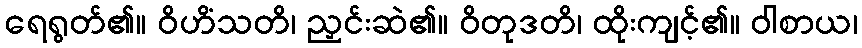
ရေရွတ်၏။ ဝိဟိံသတိ၊ ညှင်းဆဲ၏။ ဝိတုဒတိ၊ ထိုးကျင့်၏။ ဝါစာယ၊